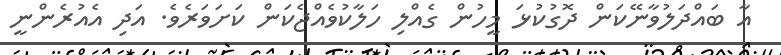
އާ ބައްދަލުވާނޭކަން ދޮގުކުޅަ މީހުން ގެއްލި ހަލާކުވެއްޖެކަން ކަށަވަރެވެ. އަދި އެއުރެންނީ